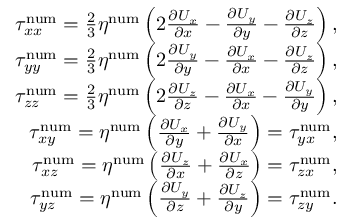
\begin{array} { r } { \tau _ { x x } ^ { \mathrm { n u m } } = \frac { 2 } { 3 } \eta ^ { \mathrm { n u m } } \left( 2 \frac { \partial U _ { x } } { \partial x } - \frac { \partial U _ { y } } { \partial y } - \frac { \partial U _ { z } } { \partial z } \right) , } \\ { \tau _ { y y } ^ { \mathrm { n u m } } = \frac { 2 } { 3 } \eta ^ { \mathrm { n u m } } \left( 2 \frac { \partial U _ { y } } { \partial y } - \frac { \partial U _ { x } } { \partial x } - \frac { \partial U _ { z } } { \partial z } \right) , } \\ { \tau _ { z z } ^ { \mathrm { n u m } } = \frac { 2 } { 3 } \eta ^ { \mathrm { n u m } } \left( 2 \frac { \partial U _ { z } } { \partial z } - \frac { \partial U _ { x } } { \partial x } - \frac { \partial U _ { y } } { \partial y } \right) , } \\ { \tau _ { x y } ^ { \mathrm { n u m } } = \eta ^ { \mathrm { n u m } } \left( \frac { \partial U _ { x } } { \partial y } + \frac { \partial U _ { y } } { \partial x } \right) = \tau _ { y x } ^ { \mathrm { n u m } } , } \\ { \tau _ { x z } ^ { \mathrm { n u m } } = \eta ^ { \mathrm { n u m } } \left( \frac { \partial U _ { z } } { \partial x } + \frac { \partial U _ { x } } { \partial z } \right) = \tau _ { z x } ^ { \mathrm { n u m } } , } \\ { \tau _ { y z } ^ { \mathrm { n u m } } = \eta ^ { \mathrm { n u m } } \left( \frac { \partial U _ { y } } { \partial z } + \frac { \partial U _ { z } } { \partial y } \right) = \tau _ { z y } ^ { \mathrm { n u m } } . } \end{array}